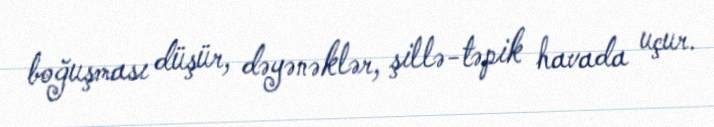
boğuşması düşür, dəyənəklər, şillə-təpik havada uçur.